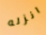
انزله